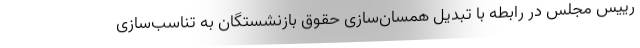
رییس مجلس در رابطه با تبدیل همسان‌سازی حقوق بازنشستگان به تناسب‌سازی